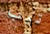
تيب